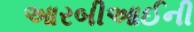
આરબીઆઈની